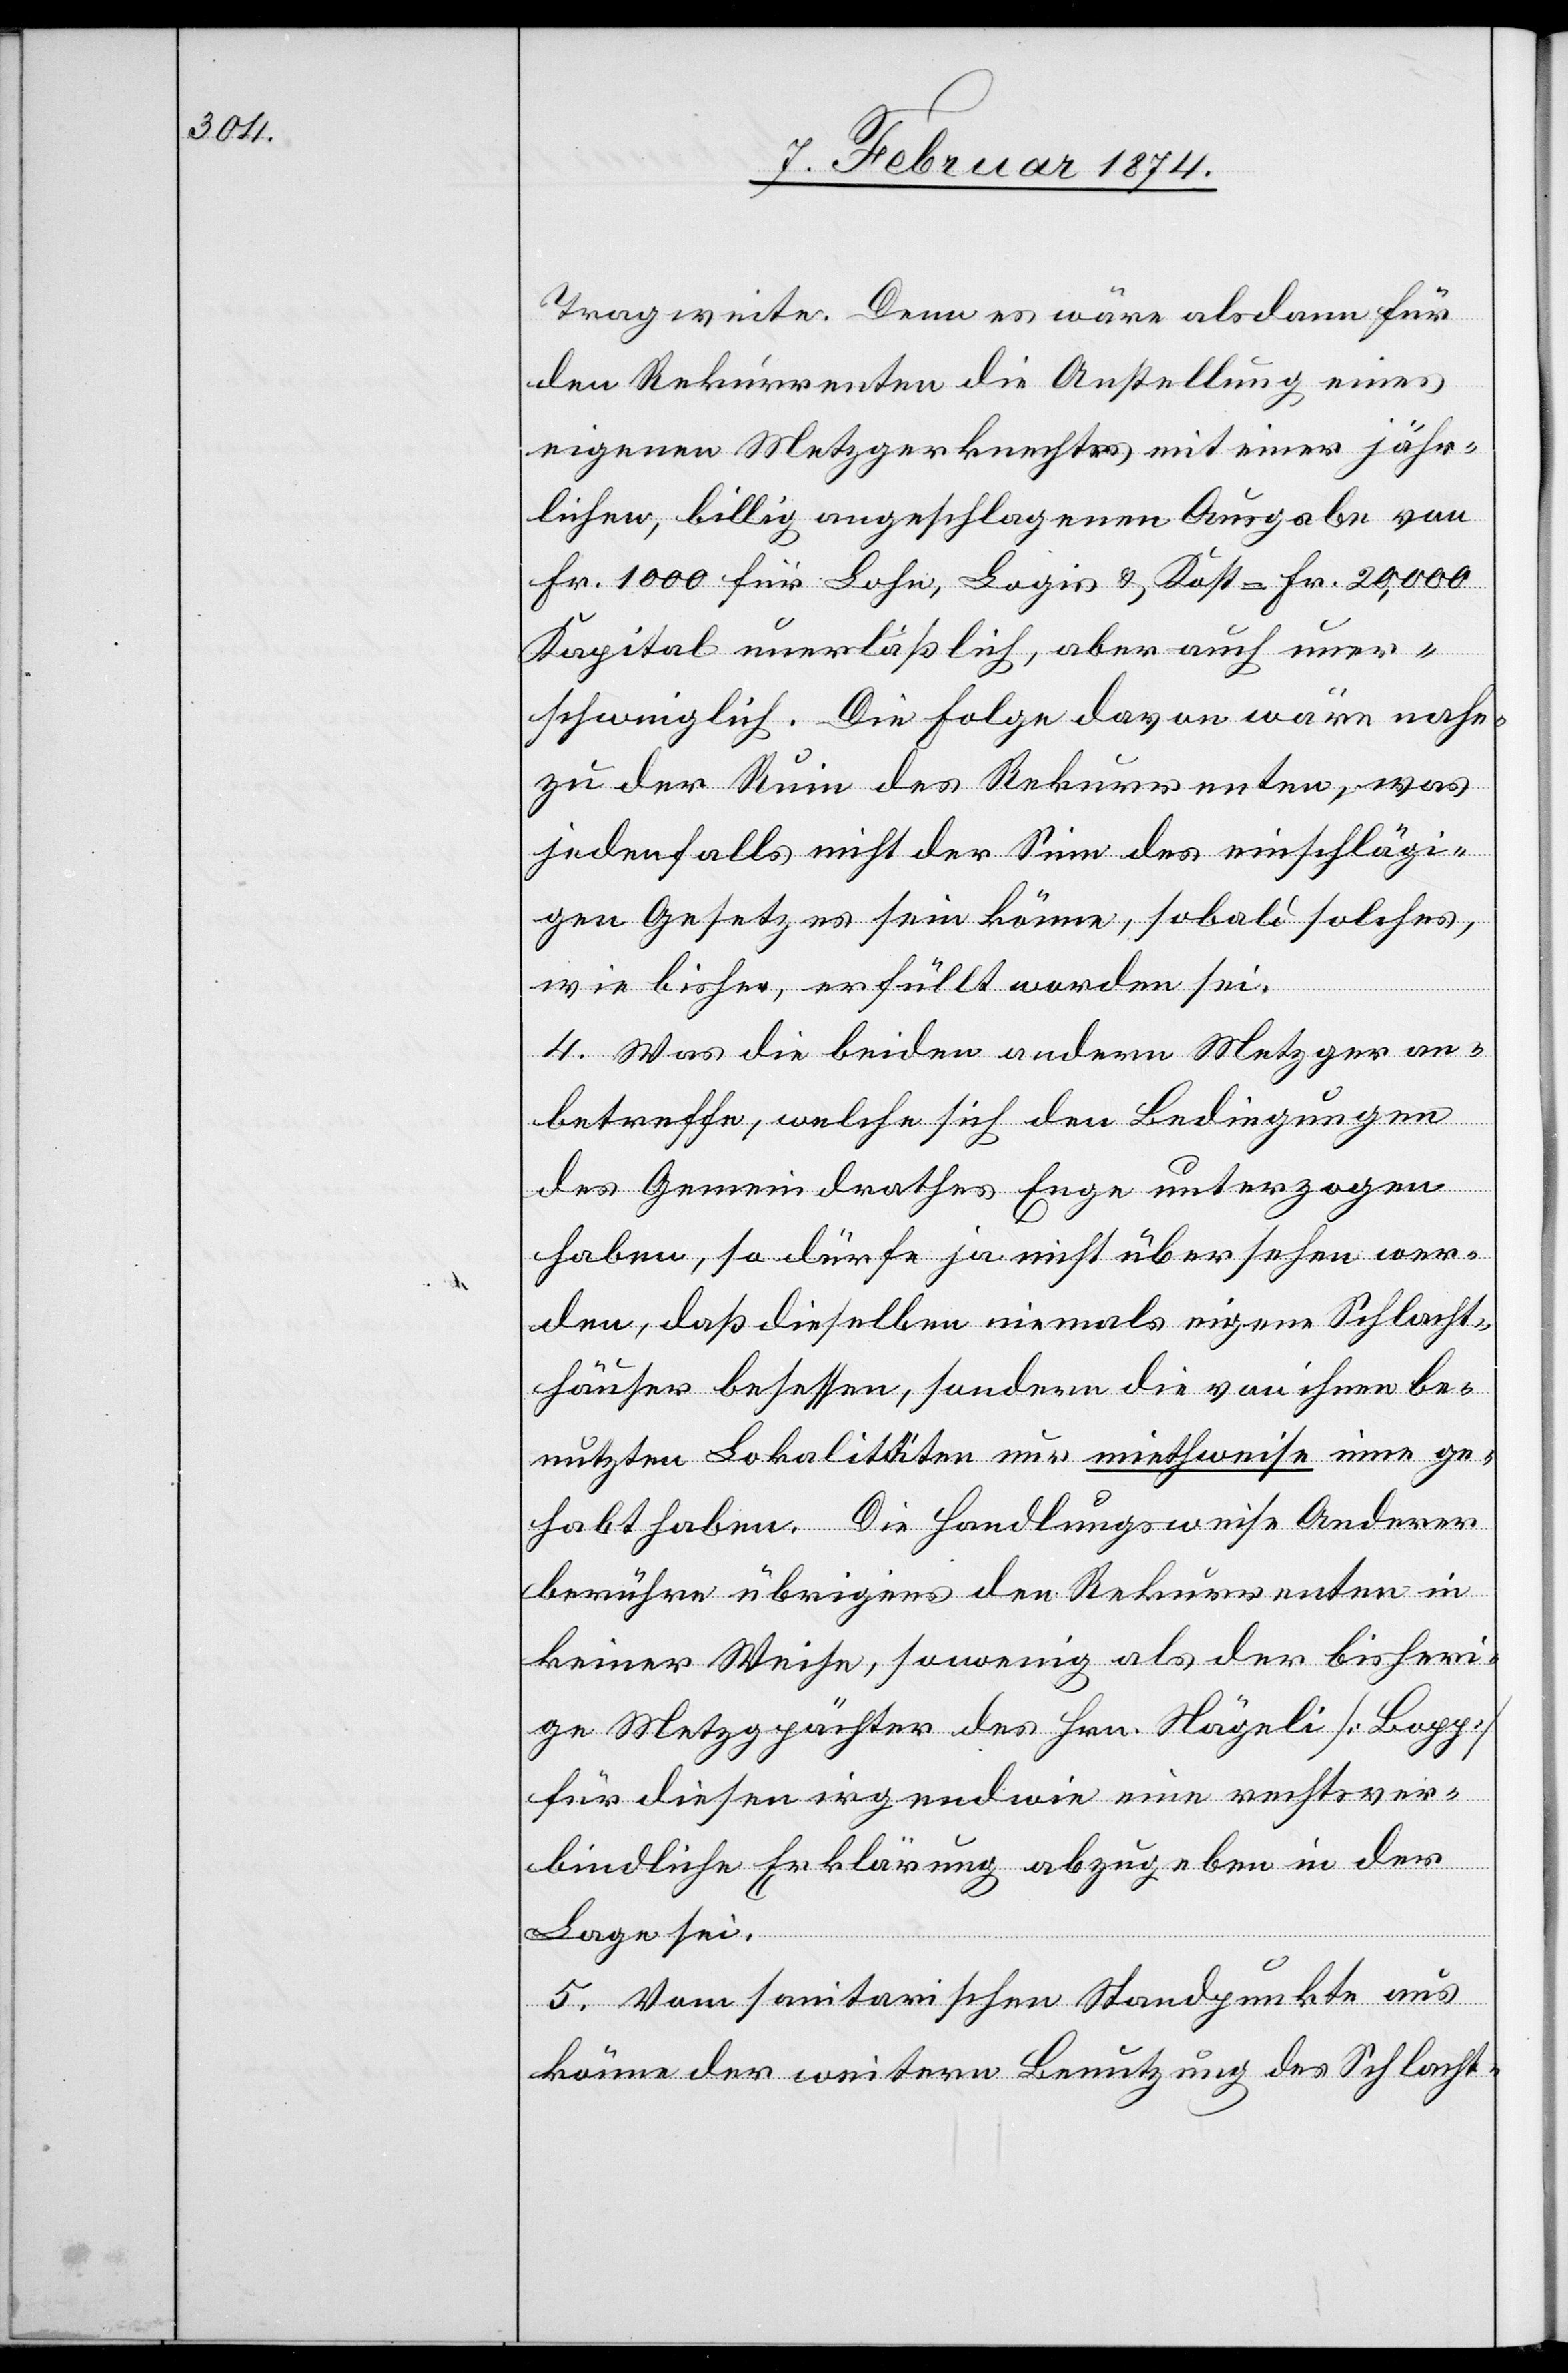
Tragweite. Denn es wäre alsdann für
den Rekurrenten die Anstellung eines
eigenen Metzgerknechtes mit einer jähr¬
lichen, billig angeschlagenen Ausgabe von
Fr. 1000 für Lohn, Logis u. Kost = Fr. 20,000
Kapital unerläßlich, aber auch uner¬
schwinglich. Die Folge davon wäre nahe¬
zu der Ruin des Rekurrenten, was
jedenfalls nicht der Sinn des einschlägi¬
gen Gesetzes sein könne, sobald solches,
wie bisher, erfüllt worden sei.
4. Was die beiden andern Metzger an¬
betreffe, welche sich den Bedingungen
des Gemeindrathes Enge unterzogen
haben, so dürfe ja nicht übersehen wer¬
den, daß dieselben niemals eigene Schlacht¬
häuser besessen, sondern die von ihnen be¬
nutzten Lokalitäten nur miethweise inne ge¬
habt haben. Die Handlungsweise Anderer
berühre übrigens den Rekurrenten in
keiner Weise, sowenig als der bisheri¬
ge Metzgpächter des Hrn. Nägeli [Bopp]
für diesen irgendwie eine rechtsver¬
bindliche Erklärung abzugeben in der
Lage sei.
5. Vom sanitarischen Standpunkte aus
könne der weitern Benutzung des Schlacht-